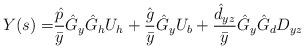
LaTeX: \begin{align*}\begin{aligned}Y(s)=&\frac{\hat{p}}{\bar{y}}\hat G_y\hat G_hU_h+\frac{\hat{g}}{\bar{y}}\hat G_yU_b+\frac{\hat d_{yz}}{\bar{y}}\hat G_y\hat G_dD_{yz}\\\end{aligned}\end{align*}